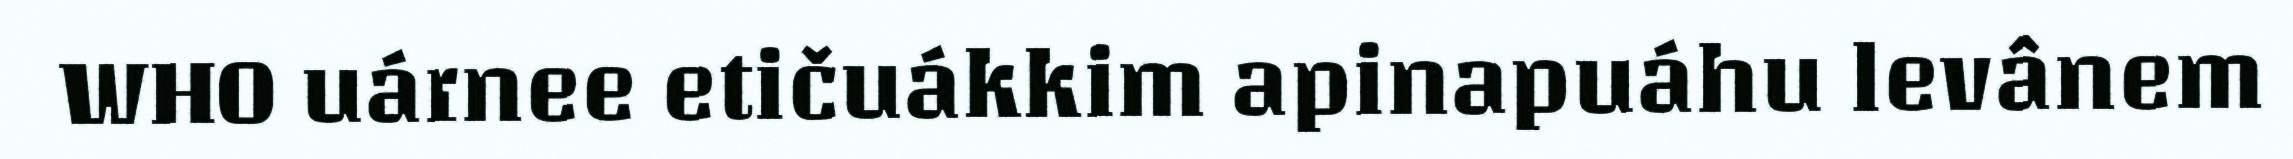
WHO uárnee etičuákkim apinapuáhu levânem